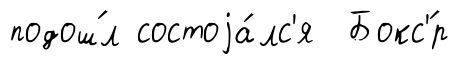
подош́л состоjа́лс'я Бокс'́р